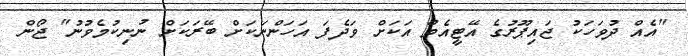
"އެއް ދުވަހަކު ޖައިޕޫރުގެ އޭޓީއެމް އަކަށް ވަދެފަ އަހަންނަކަށް ބޭރަކަށް ނުނިކުމެވުނު" ޖޯން